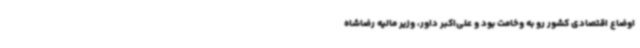
اوضاع اقتصادی کشور رو به وخامت بود و علی‌اکبر داور، وزیر مالیه رضاشاه